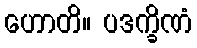
ဟောတိ။ ပဒက္ခိဏံ